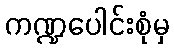
ကဏ္ဍပေါင်းစုံမှ